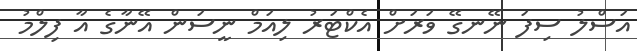
އަސްލު ސިފަ ނޭނގޭ ވަރަށް އެކްޓަރު ލިއަމް ނީސަން އޭނާގެ އާ ފިލްމު